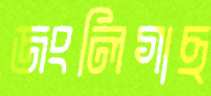
জংলিগাছ